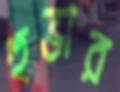
হুভার